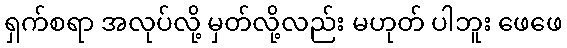
ရှက်စရာ အလုပ်လို့ မှတ်လို့လည်း မဟုတ် ပါဘူး ဖေဖေ